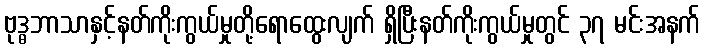
ဗုဒ္ဓဘာသာနှင့်နတ်ကိုးကွယ်မှုတို့ရောထွေးလျက် ရှိပြီးနတ်ကိုးကွယ်မှုတွင် ၃၇ မင်းအနက်